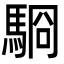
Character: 䮐